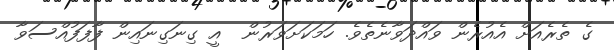
ގެ ތެރެއަށް އެއުރެން ވައްދަވާނެތެވެ. ހަމަކަށަވަރުން  އީ ގިނަގިނައިން ފާފަފުއްސަވާ